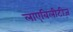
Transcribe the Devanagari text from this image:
लाएबिलीटीज़